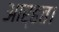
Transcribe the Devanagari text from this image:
आर्हत।